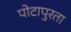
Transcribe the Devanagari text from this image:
पोटापुरता